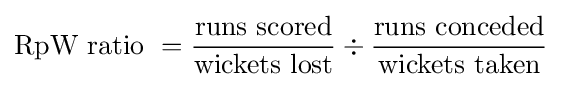
{\text{RpW ratio }}={\frac {\text{runs scored}}{\text{wickets lost}}}\div {\frac {\text{runs conceded}}{\text{wickets taken}}}